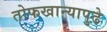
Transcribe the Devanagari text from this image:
तोफखान्यापुढे